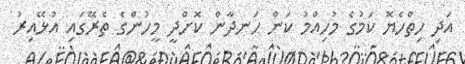
އަދި ހިތްހެޔޮ ކަމުގެ މުހިއްމު ކަން ހަނދާން ކޮށްދީ މީހުންގެ ތެރޭގައި އުޅޭއިރު